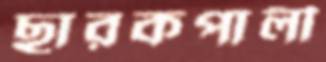
ছারকপালী